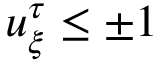
u _ { \xi } ^ { \tau } \leq \pm 1